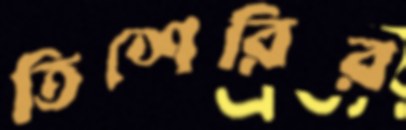
তিশেরির